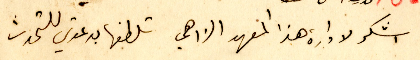
اشكر لادارة هذا المعهد الادهمي تلطفها بدعوتي للتحدث